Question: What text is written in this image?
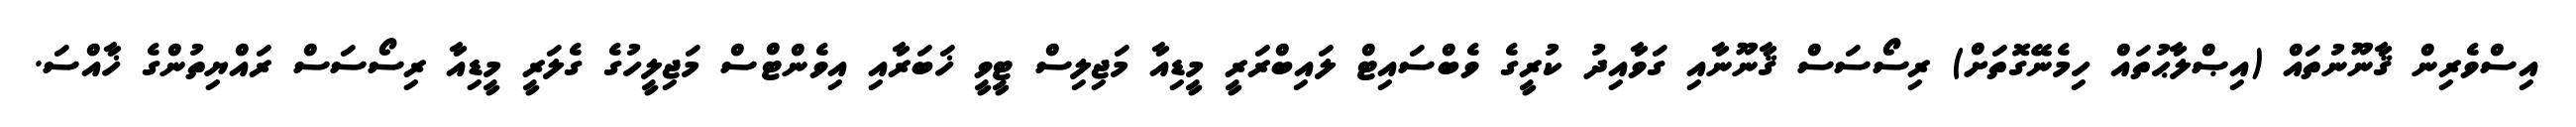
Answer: އިސްވެރިން ޤާނޫނުތައް (އިޞްލާޙުތައް ހިމެނޭގޮތަށް) ރިސޯސަސް ޤާނޫނާއި ގަވާއިދު ކުރީގެ ވެބްސައިޓް ލައިބްރަރީ މީޑިއާ މަޖިލިސް ޓީވީ ޚަބަރާއި އިވެންޓްސް މަޖިލީހުގެ ގެލަރީ މީޑިއާ ރިސޯސަސް ރައްޔިތުންގެ ޚާއްސަ.